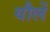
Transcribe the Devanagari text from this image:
यौलें